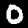
Label: 0